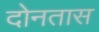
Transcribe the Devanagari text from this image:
दोनतास